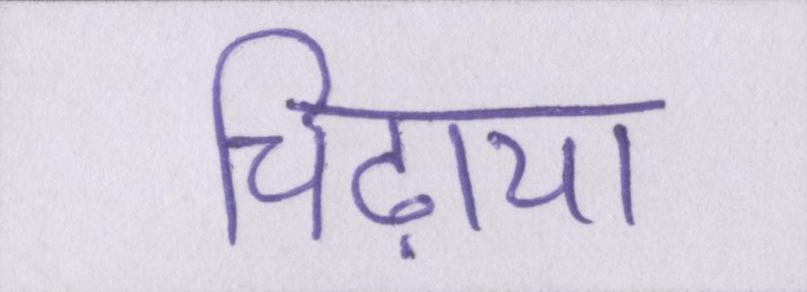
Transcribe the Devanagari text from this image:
चिढ़ाया